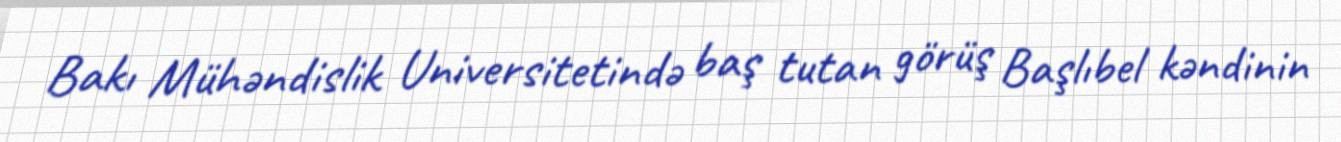
Bakı Mühəndislik Universitetində baş tutan görüş Başlıbel kəndinin